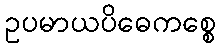
ဥပမာယပိဓေကစ္စေ